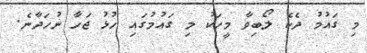
މި ގައުމު ދެކެ ލޯބިވާ މީހަކު މި ގައުމުގައި ހުޅު ޖަހާ ނުހަދާނެ.